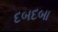
દબદબા